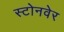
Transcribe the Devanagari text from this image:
स्टोनवेर